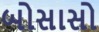
બોસાસો